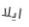
ايلا